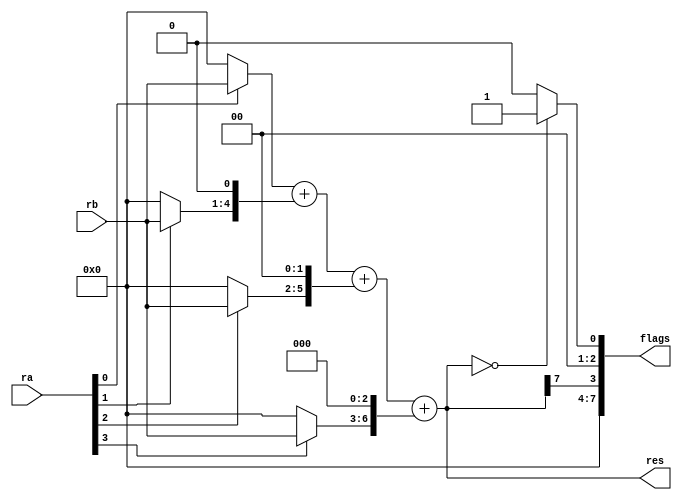
`timescale 1ns / 1ps
//////////////////////////////////////////////////////////////////////////////////
// Company: 
// Engineer: 
// 
// Design Name: 
// Module Name:    Multiplier 
// Project Name: 
// Target Devices: 
// Tool versions: 
// Description: 
//
// Dependencies: 
//
// Revision: 
// Revision 0.01 - File Created
// Additional Comments: 
//
//////////////////////////////////////////////////////////////////////////////////
module Multiplier(
	res, flags,// s1, s2, s3, s4,
	ra, rb
    );
	
	output wire [7:0] res;
	output wire[7:0] flags;
	input [3:0] ra, rb;

	//output [7:0] s1, s2, s3, s4;	// stage 1 2 3 4
	wire [7:0] s1, s2, s3, s4;	// stage 1 2 3 4

	wire flag_OF;	// overflow
	wire flag_CF;	// carry
	wire flag_NF;	// negative
	wire flag_ZF;	// zero	

	assign s1 = ra[0:0] ? rb : 4'b0;
	assign s2 = ra[1:1] ? rb : 4'b0;
	assign s3 = ra[2:2] ? rb : 4'b0;
	assign s4 = ra[3:3] ? rb : 4'b0;

	assign res = s1 + (s2<<1) + (s3<<2) + (s4<<3);
	
	assign flag_OF = 1'b0;
	assign flag_CF = 1'b0;
	assign flag_ZF = (res == 0) ? 1'b1 : 1'b0;
	assign flag_NF = res[7:7];

	assign flags = {4'b0, flag_NF, flag_OF, flag_CF, flag_ZF};
endmodule